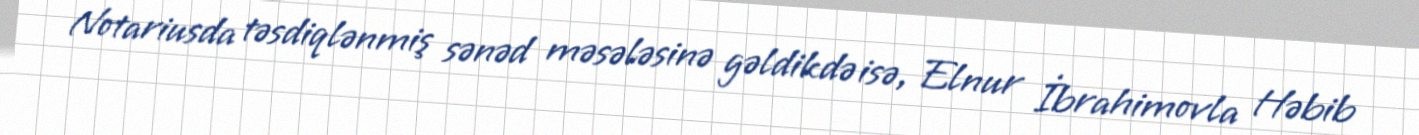
Notariusda təsdiqlənmiş sənəd məsələsinə gəldikdə isə, Elnur İbrahimovla Həbib